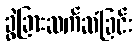
ခွဲခြားဆက်ဆံခြင်း